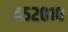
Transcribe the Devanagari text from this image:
४५२०१०